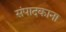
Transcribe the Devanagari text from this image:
संपादकाना